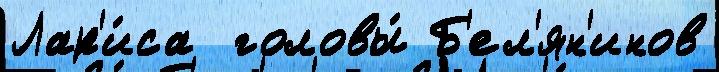
Лар'и́са  головы́ Б'ел'ян'инов